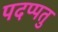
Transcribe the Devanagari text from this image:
पदप्पतु